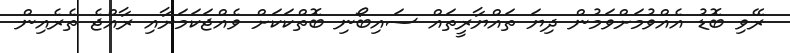
ރޭވި ބޮޑު އެއްވުމަށްވަމުން ދިޔަ ތައްޔާރީތައް ސައިބޯނި ބޮތްކަަކަށް ވެއްޖަކަމަށާއި ރާއްްޖެ ތެރެއިން